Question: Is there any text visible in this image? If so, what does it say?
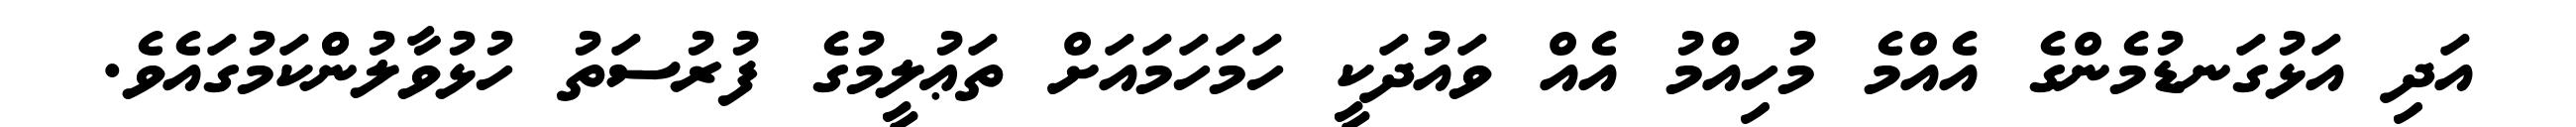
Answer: އަދި އަޅުގަނޑުމެންގެ އެއްމެ މުހިއްމު އެއް ވައުދަކީ ހަމަހަމައަށް ތަޢުލީމުގެ ފުރުސަތު ހުޅުވާލުންްކަމުގައެވެ.